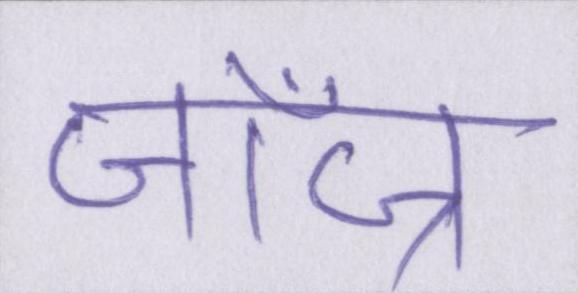
जॉज्र